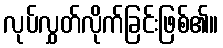
လုပ်လွှတ်လိုက်ခြင်းဖြစ်၏။